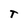
Character: T